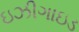
ઇઝીગાઇડ